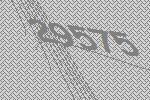
29575